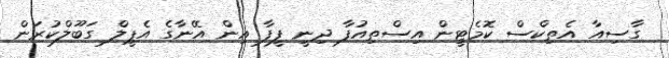
ގާސިއާ އެތިކްސް ކޮމެޓީން އިސްތިއުފާ ދިނީ ފީފާ އިން އޭނާގެ އެޕީލް ގަބޫލްކުރަން